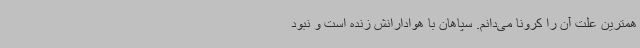
همترین علت آن را کرونا می‌دانم. سپاهان با هوادارانش زنده است و نبود